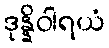
ဒုန္နိဝါရယံ